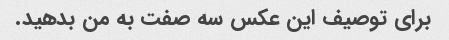
برای توصیف این عکس سه صفت به من بدهید.